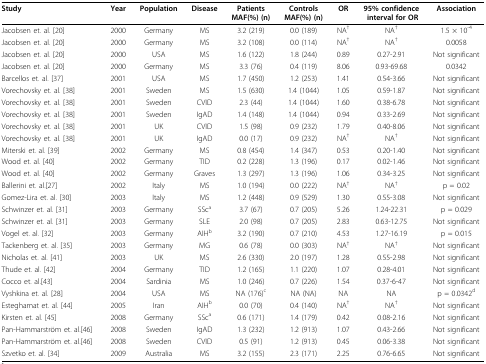
<table><thead><tr><td><b>Study</b></td><td><b>Year</b></td><td><b>Population</b></td><td><b>Disease</b></td><td><b>Patients MAF(%) (n)</b></td><td><b>Controls MAF(%) (n)</b></td><td><b>OR</b></td><td><b>95% confidence interval for OR</b></td><td><b>Association</b></td></tr></thead><tbody><tr><td>Jacobsen et. al. [20]</td><td>2000</td><td>Germany</td><td>MS</td><td>3.2 (219)</td><td>0.0 (189)</td><td>NA<sup>†</sup></td><td>NA<sup>†</sup></td><td>1.5 × 10<sup>-4</sup></td></tr><tr><td>Jacobsen et. al. [20]</td><td>2000</td><td>Germany</td><td>MS</td><td>3.2 (108)</td><td>0.0 (114)</td><td>NA<sup>†</sup></td><td>NA<sup>†</sup></td><td>0.0058</td></tr><tr><td>Jacobsen et. al. [20]</td><td>2000</td><td>USA</td><td>MS</td><td>1.6 (122)</td><td>1.8 (244)</td><td>0.89</td><td>0.27-2.91</td><td>Not significant</td></tr><tr><td>Jacobsen et. al. [20]</td><td>2000</td><td>Germany</td><td>MS</td><td>3.3 (76)</td><td>0.4 (119)</td><td>8.06</td><td>0.93-69.68</td><td>0.0342</td></tr><tr><td>Barcellos et. al. [37]</td><td>2001</td><td>USA</td><td>MS</td><td>1.7 (450)</td><td>1.2 (253)</td><td>1.41</td><td>0.54-3.66</td><td>Not significant</td></tr><tr><td>Vorechovsky et. al. [38]</td><td>2001</td><td>Sweden</td><td>MS</td><td>1.5 (630)</td><td>1.4 (1044)</td><td>1.05</td><td>0.59-1.87</td><td>Not significant</td></tr><tr><td>Vorechovsky et. al. [38]</td><td>2001</td><td>Sweden</td><td>CVID</td><td>2.3 (44)</td><td>1.4 (1044)</td><td>1.60</td><td>0.38-6.78</td><td>Not significant</td></tr><tr><td>Vorechovsky et. al. [38]</td><td>2001</td><td>Sweden</td><td>IgAD</td><td>1.4 (148)</td><td>1.4 (1044)</td><td>0.94</td><td>0.33-2.69</td><td>Not significant</td></tr><tr><td>Vorechovsky et. al. [38]</td><td>2001</td><td>UK</td><td>CVID</td><td>1.5 (98)</td><td>0.9 (232)</td><td>1.79</td><td>0.40-8.06</td><td>Not significant</td></tr><tr><td>Vorechovsky et. al. [38]</td><td>2001</td><td>UK</td><td>IgAD</td><td>0.0 (17)</td><td>0.9 (232)</td><td>NA<sup>†</sup></td><td>NA<sup>†</sup></td><td>Not significant</td></tr><tr><td>Miterski et. al. [39]</td><td>2002</td><td>Germany</td><td>MS</td><td>0.8 (454)</td><td>1.4 (347)</td><td>0.53</td><td>0.20-1.40</td><td>Not significant</td></tr><tr><td>Wood et. al. [40]</td><td>2002</td><td>Germany</td><td>TID</td><td>0.2 (228)</td><td>1.3 (196)</td><td>0.17</td><td>0.02-1.46</td><td>Not significant</td></tr><tr><td>Wood et. al. [40]</td><td>2002</td><td>Germany</td><td>Graves</td><td>1.3 (297)</td><td>1.3 (196)</td><td>1.06</td><td>0.34-3.25</td><td>Not significant</td></tr><tr><td>Ballerini et. al.[27]</td><td>2002</td><td>Italy</td><td>MS</td><td>1.0 (194)</td><td>0.0 (222)</td><td>NA<sup>†</sup></td><td>NA<sup>†</sup></td><td>p = 0.02</td></tr><tr><td>Gomez-Lira et. al. [30]</td><td>2003</td><td>Italy</td><td>MS</td><td>1.2 (448)</td><td>0.9 (529)</td><td>1.30</td><td>0.55-3.08</td><td>Not significant</td></tr><tr><td>Schwinzer et. al. [31]</td><td>2003</td><td>Germany</td><td>SSc<sup>a</sup></td><td>3.7 (67)</td><td>0.7 (205)</td><td>5.26</td><td>1.24-22.31</td><td>p = 0.029</td></tr><tr><td>Schwinzer et. al. [31]</td><td>2003</td><td>Germany</td><td>SLE</td><td>2.0 (98)</td><td>0.7 (205)</td><td>2.83</td><td>0.63-12.75</td><td>Not significant</td></tr><tr><td>Vogel et. al. [32]</td><td>2003</td><td>Germany</td><td>AIH<sup>b</sup></td><td>3.2 (190)</td><td>0.7 (210)</td><td>4.53</td><td>1.27-16.19</td><td>p = 0.015</td></tr><tr><td>Tackenberg et. al. [35]</td><td>2003</td><td>Germany</td><td>MG</td><td>0.6 (78)</td><td>0.0 (303)</td><td>NA<sup>†</sup></td><td>NA<sup>†</sup></td><td>Not significant</td></tr><tr><td>Nicholas et. al. [41]</td><td>2003</td><td>UK</td><td>MS</td><td>2.6 (330)</td><td>2.0 (197)</td><td>1.28</td><td>0.55-2.98</td><td>Not significant</td></tr><tr><td>Thude et. al. [42]</td><td>2004</td><td>Germany</td><td>TID</td><td>1.2 (165)</td><td>1.1 (220)</td><td>1.07</td><td>0.28-4.01</td><td>Not significant</td></tr><tr><td>Cocco et. al.[43]</td><td>2004</td><td>Sardinia</td><td>MS</td><td>1.0 (246)</td><td>0.7 (226)</td><td>1.54</td><td>0.37-6-47</td><td>Not significant</td></tr><tr><td>Vyshkina et. al. [28]</td><td>2004</td><td>USA</td><td>MS</td><td>NA (176)<sup>c</sup></td><td>NA (NA)</td><td>NA</td><td>NA</td><td>p = 0.0342<sup>d</sup></td></tr><tr><td>Esteghamat et. al. [44]</td><td>2005</td><td>Iran</td><td>AIH<sup>b</sup></td><td>0.0 (70)</td><td>0.4 (140)</td><td>NA<sup>†</sup></td><td>NA<sup>†</sup></td><td>Not significant</td></tr><tr><td>Kirsten et. al. [45]</td><td>2008</td><td>Germany</td><td>SSc<sup>a</sup></td><td>0.6 (171)</td><td>1.4 (179)</td><td>0.42</td><td>0.08-2.16</td><td>Not significant</td></tr><tr><td>Pan-Hammarström et. al.[46]</td><td>2008</td><td>Sweden</td><td>IgAD</td><td>1.3 (232)</td><td>1.2 (913)</td><td>1.07</td><td>0.43-2.66</td><td>Not significant</td></tr><tr><td>Pan-Hammarström et. al.[46]</td><td>2008</td><td>Sweden</td><td>CVID</td><td>0.5 (91)</td><td>1.2 (913)</td><td>0.45</td><td>0.06-3.38</td><td>Not significant</td></tr><tr><td>Szvetko et. al. [34]</td><td>2009</td><td>Australia</td><td>MS</td><td>3.2 (155)</td><td>2.3 (171)</td><td>2.25</td><td>0.76-6.65</td><td>Not significant</td></tr></tbody></table>